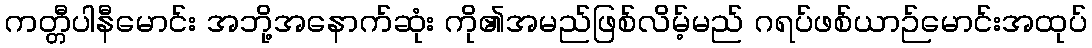
ကတ္တီပါနီမောင်း အဘို့အနောက်ဆုံး ကို၏အမည်ဖြစ်လိမ့်မည် ဂရပ်ဖစ်ယာဉ်မောင်းအထုပ်